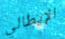
الإيطالي